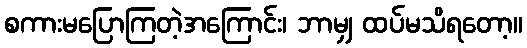
စကားမပြောကြတဲ့အကြောင်း၊ ဘာမျှ ထပ်မသိရတော့။